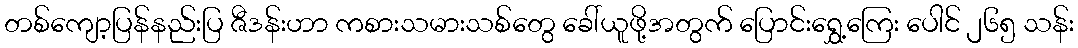
တစ်ကျော့ပြန်နည်းပြ ဇီဒန်းဟာ ကစားသမားသစ်တွေ ခေါ်ယူဖို့အတွက် ပြောင်းရွှေ့ကြေး ပေါင် ၂၆၅ သန်း